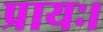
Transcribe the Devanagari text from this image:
प्रायः।